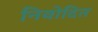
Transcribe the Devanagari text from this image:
निवोदित